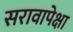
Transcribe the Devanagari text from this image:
सरावापेक्षा